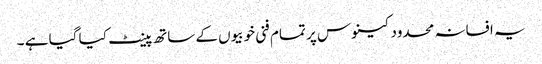
یہ افسانہ محدود کینوس پر تمام فنی خوبیوں کے ساتھ پینٹ کیا گیا ہے ۔